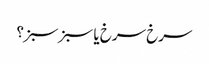
سرخ سرخ یا سبز سبز؟